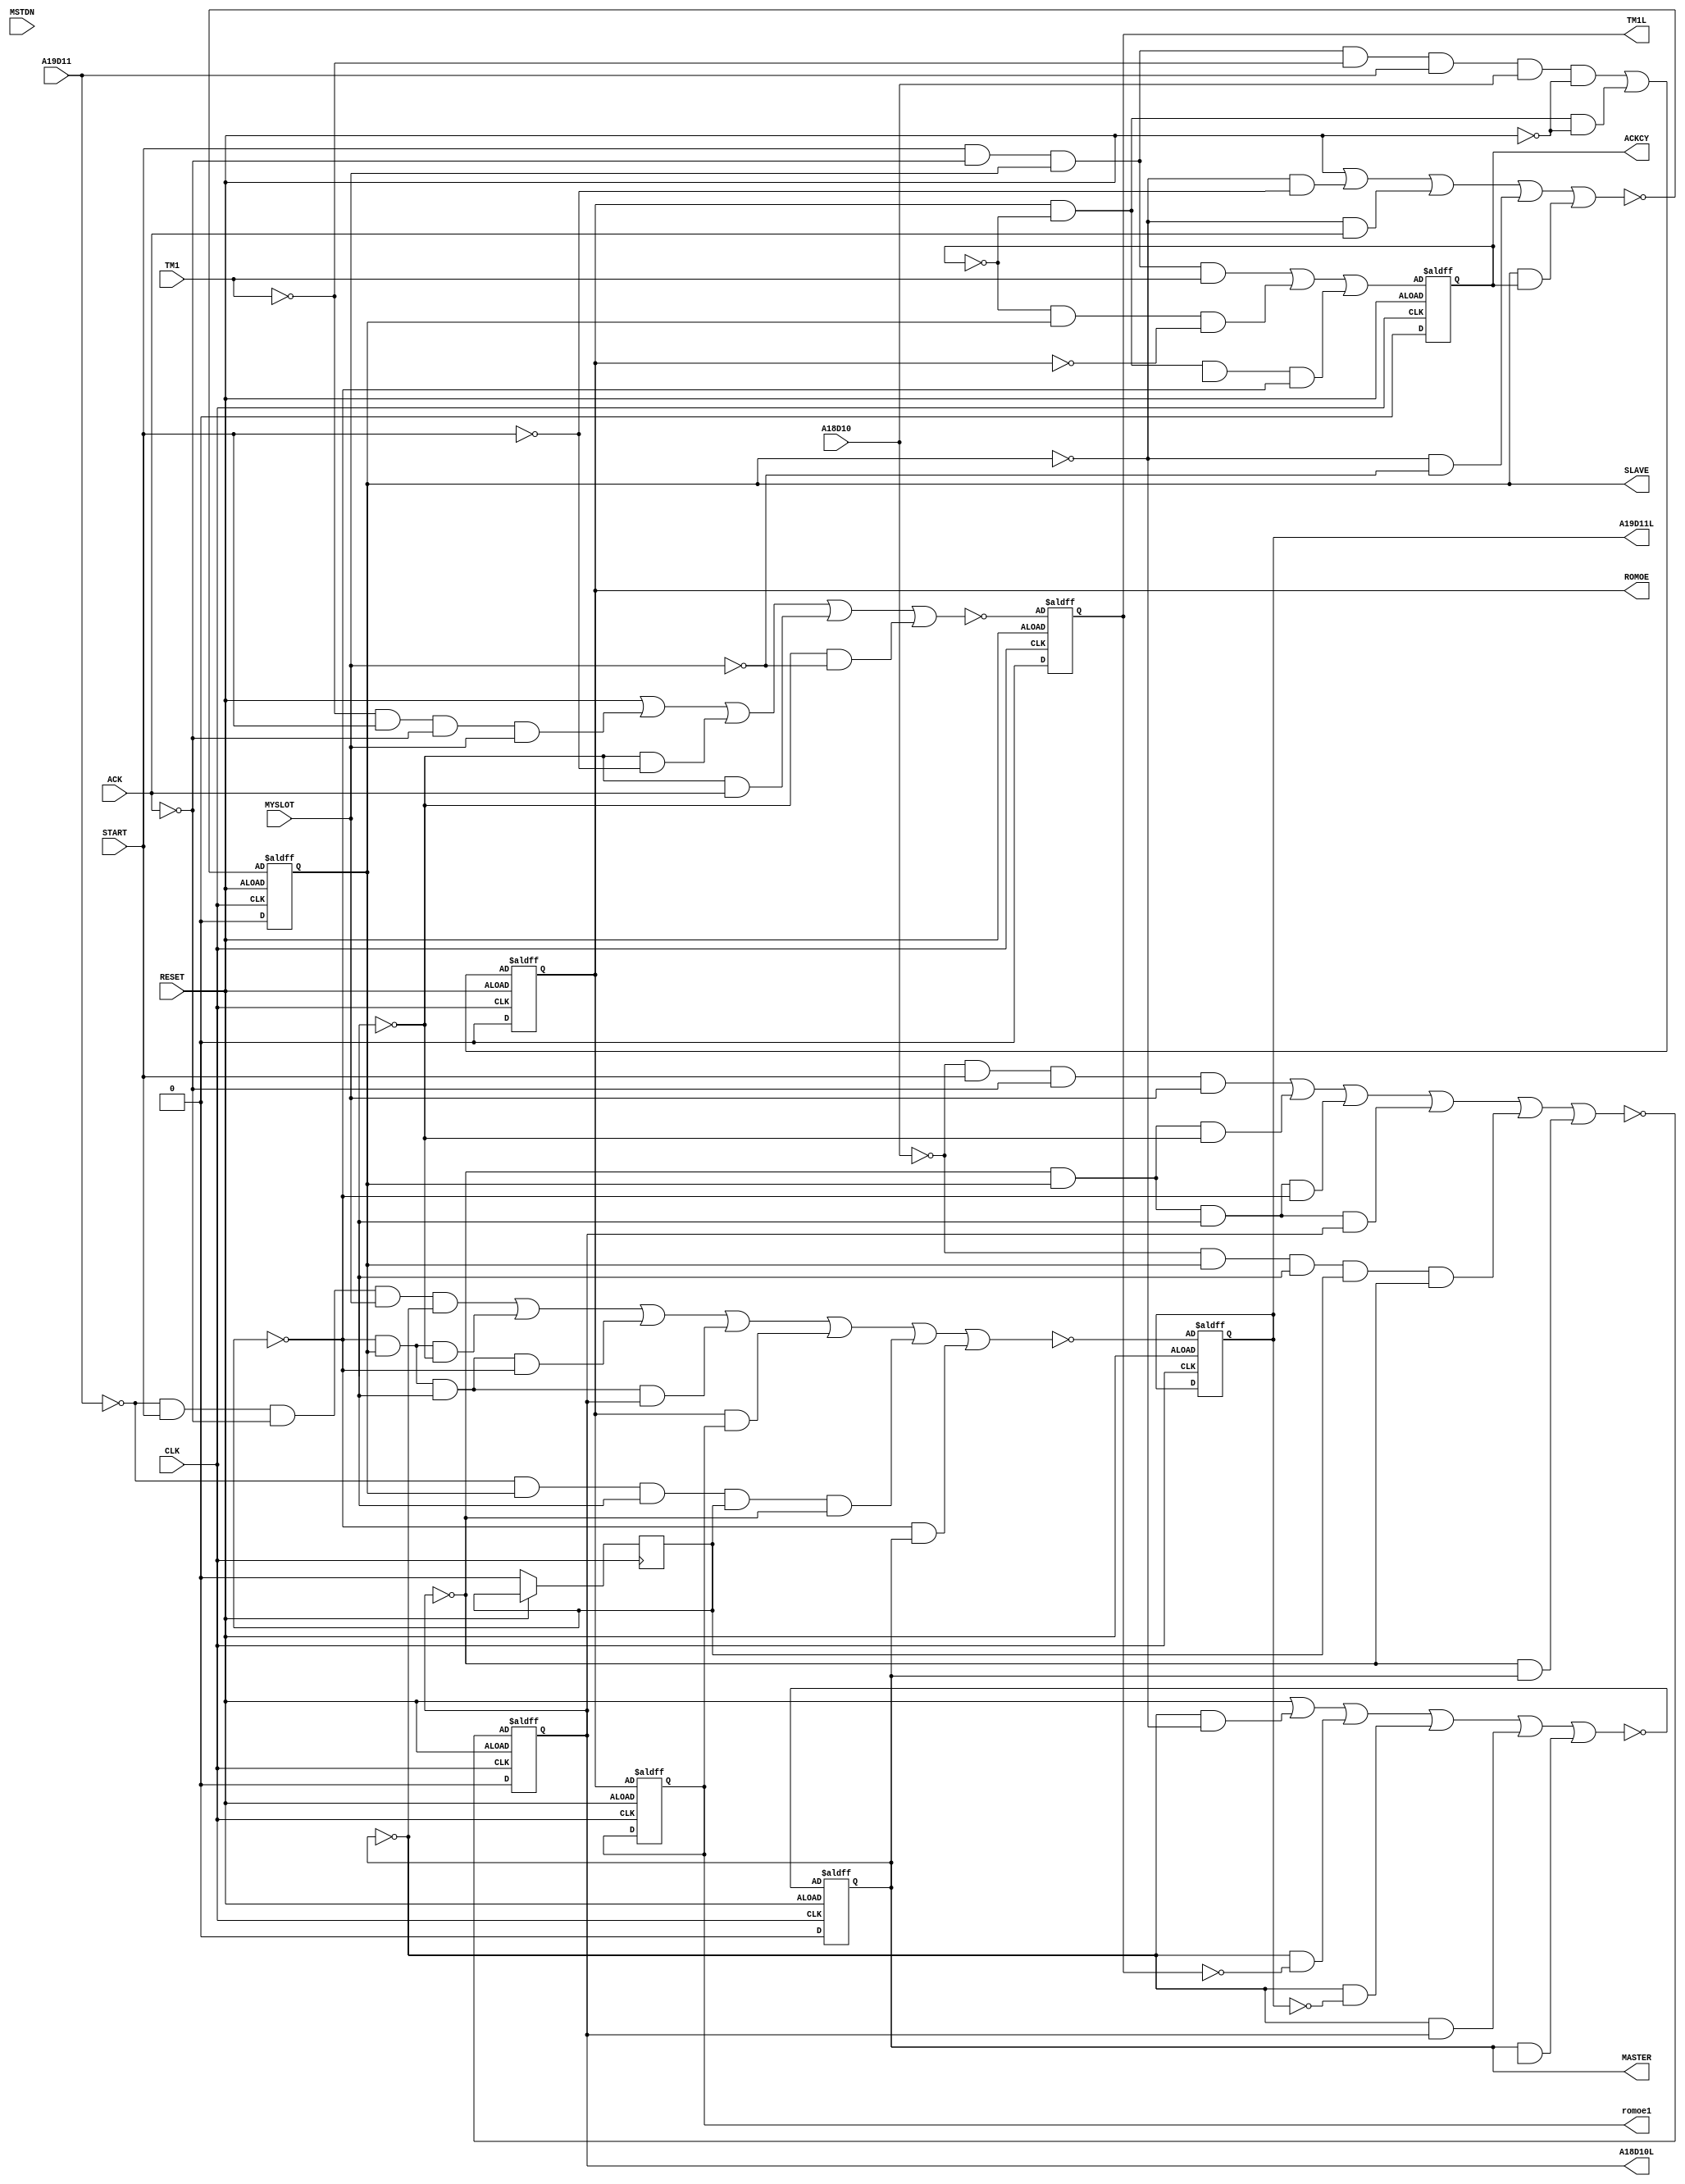
module nubus_pal_slave 
	(
		input CLK,		// Clock
		input RESET,	// Reset	
		input START,	// Transfer start
		input ACK,		// Transfer end
		input MYSLOT,	// Slot selected
		input MSTDN,
		input TM1,		// Transition mode 1 (Read/Write)
		input A19D11,
		input A18D10,

		output SLAVE, 	// Slave mode
		output MASTER, 	// MAster mode
		output A18D10L, 
		output A19D11L, 
		output TM1L,
		output ROMOE,	// ROM output enable
		output romoe1,	// ROM output enable delayed
		output ACKCY	// Acknowlege
	);


	always @(posedge CLK or posedge RESET) begin : proc_slave
		if (~RESET) begin
			SLAVE <= 0;
			MASTER <= 0;
			ROMOE <= 0;
			ROMOEL <= 0;
			ACKCY <= 0;
			TM1L <= 0;
			A19DIIL <= 0;
			A18D10L <= 0;
		end else begin
		   	SLAVE 		<= ~(RESET
				      	/*initialization*/
				      	| ~SLAVE & ~START
				      	| ~SLAVE & ACK
				      	| ~SLAVE & ~MYSLOT
				      	/*holding; DeMorgan of START & ~ACK & MYSLOT*/
				      	| SLAVE & ACKCY
			 		  	/*clearing term*/
						);

		   	MASTER 		<= ~(RESET
					    /*initialization*/
					    | ~MASTER & ~SLAVE
					    | ~MASTER & ~TM1L
					    | ~MASTER & ~A19D11L
					    | ~MASTER & A18D10L
					    /*holding term; DeMorgan of: SLAVE & TM1L & A19011L & ~A18D10L */
					    | MASTER & MSTON
				   		/*clearing term, at end of MASTER cycle*/
						);

			ROMOE 		<= START & ~ACK & MYSLOT & ~TM1 & A19D11 & A18D10 & ~RESET
						/*latching term, when decoding a READ to us*/
						| ROMOE & ~ACKCY & ~RESET
						/* holding term thru access */
						;

			romoe1 		<= ROMOE
						/* simply a delayed. ROMOE for cycle timing */
						;
			ACKCY 		<= START & ~ACK & MYSLOT & TM1
						/*fast cycle for WRITES*/
						| ~ACKCY & SLAVE & ~ROMOE
						/*slow cycle for non-ROM READS*/
						| ~ACKCY & ROMOE & romoel & ~A19DIIL
						/*slower cycle for ROM*/
						;

			TM1L 		<= ~(RESET
						| ~TM1 & START & ~ACK & MYSLOT
						/*setting term, during address cycle*/
						| ~TMIL & ~START
						| ~TMIL & ACK
						| ~TMIL & ~MYSLOT
						/*holding terms*/
						);

			A19D11L		<= ~(~A19D11 & START & ~ACK & MYSLOT & ~MASTER
						/*setting term, during SLAVE address cycle*/
						| ~A19DIIL & SLAVE & ~TMIL
						| ~A19DIIL & SLAVE & TMIL & ~A19DIIL
						| ~A19DIIL & SLAVE & TMIL & A18D10L
						/*holding terms for SLAVE accesses*/
						| ROMOE & romoe1
						/* timing term for ROM reads */
						| ~A19D11 & SLAVE & TMIL & A19DIIL & ~A18D10L
						/*setting term for MASTER start*/
						| ~A19DIIL & MASTER
						/*holding term for MASTER*/
						);

			A18D10L <= 	~(~A18D10 & START & ~ACK & MYSLOT
						/*setting term, during address cycle*/
						| ~A18D10L & SLAVE & ~TMIL
						| ~A18D10L & SLAVE & TMIL & ~A19DIIL
						| ~A18D10L & SLAVE & TMIL & A18D10L
						/*holding terms for SLAVE accesses*/
						| ~A18D10 & SLAVE & TMIL & A19DIIL & ~A18D10L
						/*setting term for MASTER start*/
						| ~A18D10L & MASTER
						/*holding term for MASTER*/
						);
		end
	end



endmodule